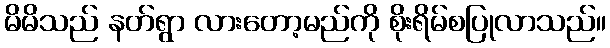
မိမိသည် နတ်ရွာ လားတော့မည်ကို စိုးရိမ်စပြုလာသည်။